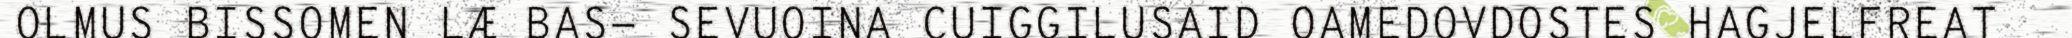
OLMUS BISSOMEN LÆ BAS- SEVUOINA CUIGGILUSAID OAMEDOVDOSTES HAGJELFREAT